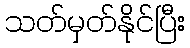
သတ်မှတ်နိုင်ပြီး